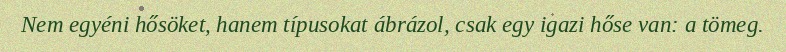
Nem egyéni hősöket, hanem típusokat ábrázol, csak egy igazi hőse van: a tömeg.